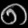
Digit: ၈